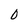
Character: 0